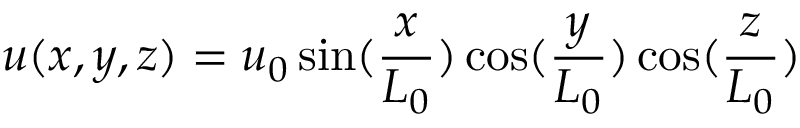
u ( x , y , z ) = u _ { 0 } \sin ( \frac { x } { L _ { 0 } } ) \cos ( \frac { y } { L _ { 0 } } ) \cos ( \frac { z } { L _ { 0 } } )